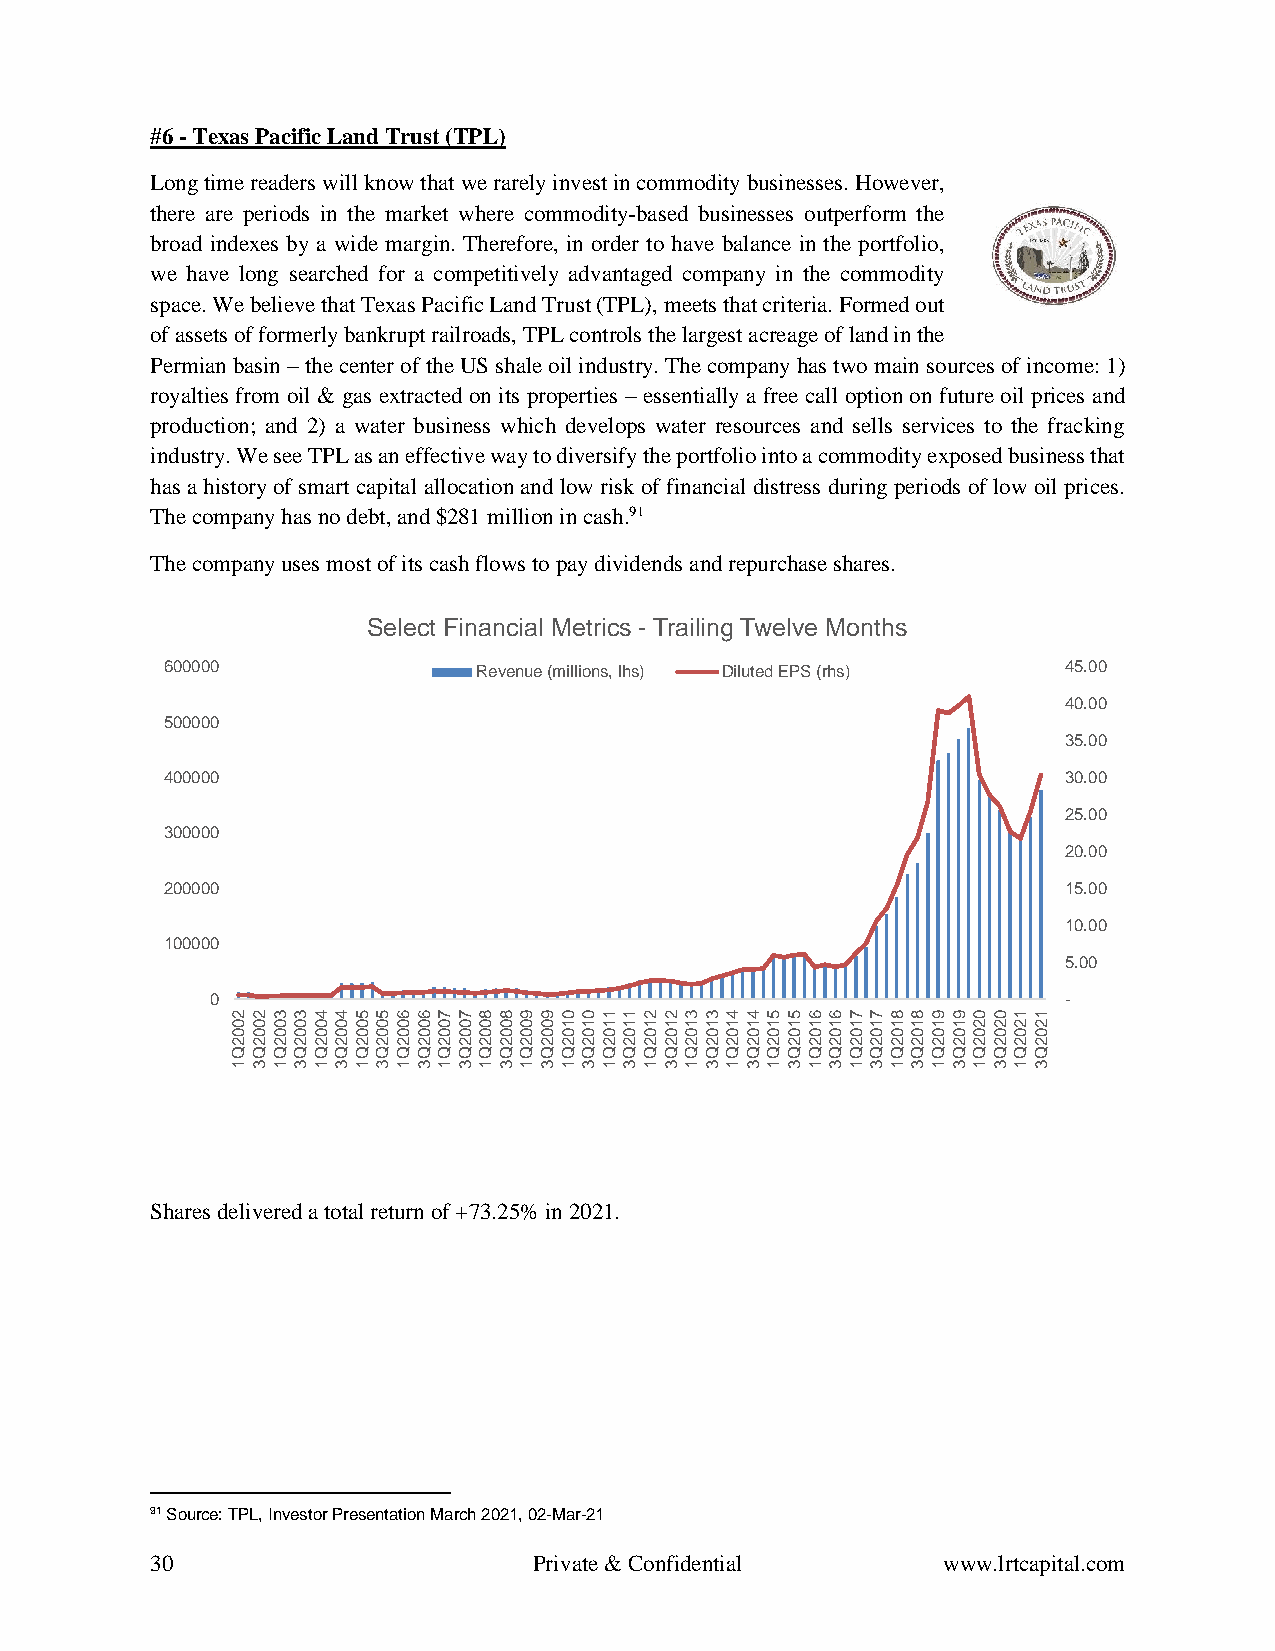
#6 - Texas Pacific Land Trust (TPL)
 Long time readers will know that we rarely invest in commodity businesses. However,
 there are periods in the market where commodity-based businesses outperform the
 broad indexes by a wide margin. Therefore, in order to have balance in the portfolio,
 we have long searched for a competitively advantaged company in the commodity
 space. We believe that Texas Pacific Land Trust (TPL), meets that criteria. Formed out
 of assets of formerly bankrupt railroads, TPL controls the largest acreage of land in the
 Permian basin – the center of the US shale oil industry. The company has two main sources of income: 1)
 royalties from oil & gas extracted on its properties – essentially a free call option on future oil prices and
 production; and 2) a water business which develops water resources and sells services to the fracking
 industry. We see TPL as an effective way to diversify the portfolio into a commodity exposed business that
 has a history of smart capital allocation and low risk of financial distress during periods of low oil prices.
 The company has no debt, and $281 million in cash.91
 The company uses most of its cash flows to pay dividends and repurchase shares.
 Select Financial Metrics - Trailing Twelve Months
 600000               Revenue (millions, lhs) Diluted EPS (rhs) 45.00
 40.00
 500000
 35.00
 400000                                                      30.00
 25.00
 300000
 20.00
 200000                                                      15.00
 10.00
 100000
 5.00
 0                                                        -
 2233445566778899001122334455667788990011
 0000000000000000111111111111111111112222
 0000000000000000000000000000000000000000
 2222222222222222222222222222222222222222
 QQQQQQQQQQQQQQQQQQQQQQQQQQQQQQQQQQQQQQQQ
 1313131313131313131313131313131313131313
 Shares delivered a total return of +73.25% in 2021.
 91 Source: TPL, Investor Presentation March 2021, 02-Mar-21
 30                       Private & Confidential     www.lrtcapital.com